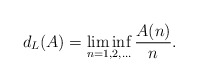
\begin{align*}d_L(A) = \liminf_{n = 1,2,\ldots} \frac{A(n)}{n}.\end{align*}